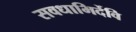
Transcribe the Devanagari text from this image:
सवधाभिर्देवि